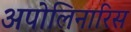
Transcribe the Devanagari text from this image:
अपोलिनारिस